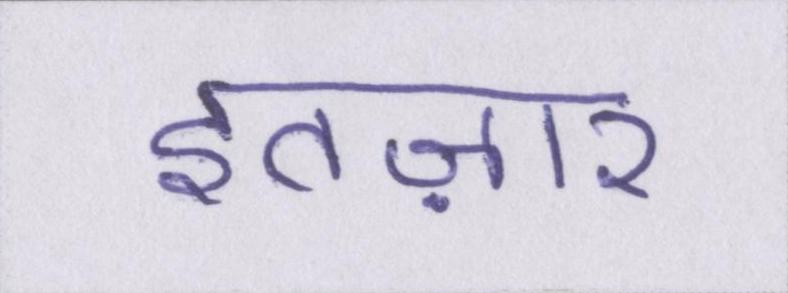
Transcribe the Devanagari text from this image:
इंतज़ार